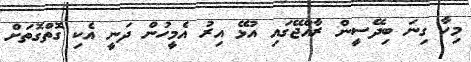
މިހާ ގިނަ ބިދޭސީން ރާއްޖޭގައި އުޅޭ އިރު އެމީހުން ދަނީ އެކި ގޮތްގޮތަށް